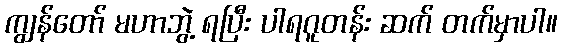
ကျွန်တော် မဟာဘွဲ့ ရပြီး ပါရဂူတန်း ဆက် တက်မှာပါ။